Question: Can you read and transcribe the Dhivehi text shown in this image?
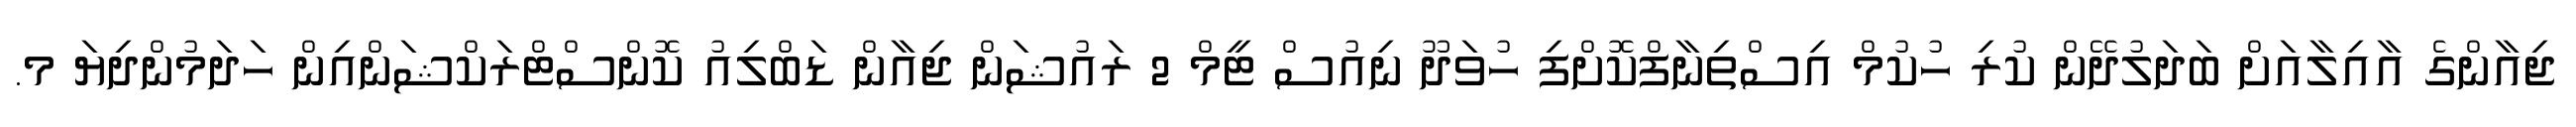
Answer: ޖިއާންގެ އާއިލާއަށް ބަދަލުދޭން ކުރި ހުކުމް އިސްތިނާފްކޮށްފި ހުވަދޫ ނިއުސް ޓީމް 2 ރައުޝަން ޖިއާން ޑަބްލިއު ކޮންސްޓްރަކްޝަންއިން ހަދަމުންދިޔަ މ.